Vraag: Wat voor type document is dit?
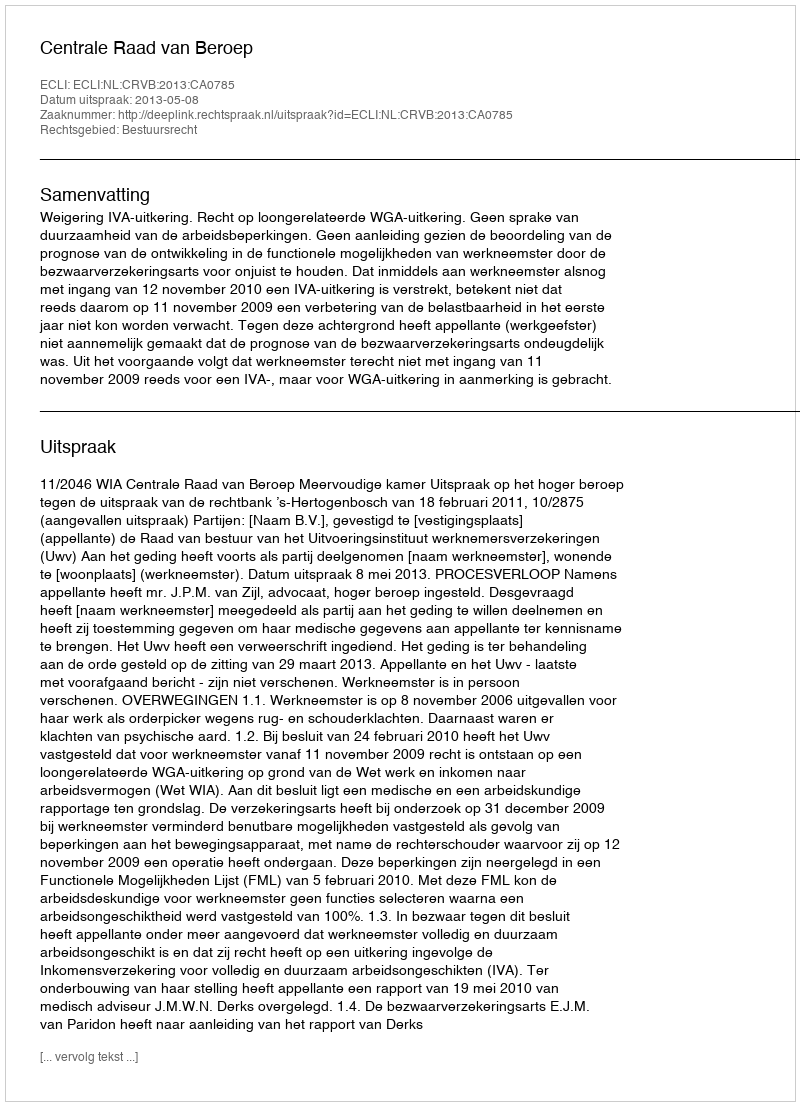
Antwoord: Uitspraak